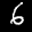
Label: 6